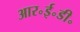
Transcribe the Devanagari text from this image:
आर॰ई॰डी॰